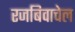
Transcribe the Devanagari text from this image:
रजबिवाचेल